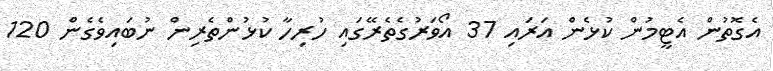
އެގޮތުން އެޓީމުން ކުޅެން އަރައި 37 އޯވަރުގެތެރޭގަައި ހުރިހާ ކުޅުންތެރިން ނުބައިވެގެން 120